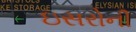
ઇસરોની